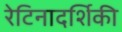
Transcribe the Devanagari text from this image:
रेटिनादर्शिकी